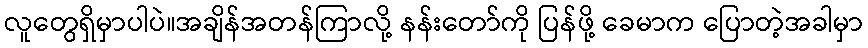
လူတွေရှိမှာပါပဲ။အချိန်အတန်ကြာလို့ နန်းတော်ကို ပြန်ဖို့ ခေမာက ပြောတဲ့အခါမှာ